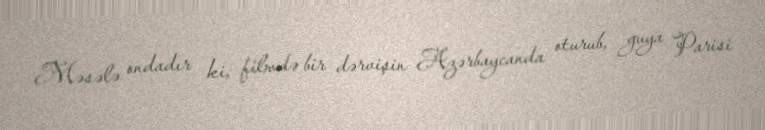
Məsələ ondadır ki, filmdə bir dərvişin Azərbaycanda oturub, guya Parisi